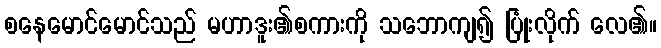
စနေမောင်မောင်သည် မဟာဒူး၏စကားကို သဘောကျ၍ ပြုံးလိုက် လေ၏။